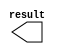
// megafunction wizard: %LPM_CONSTANT%VBB%
// GENERATION: STANDARD
// VERSION: WM1.0
// MODULE: lpm_constant 

// ============================================================
// Megafunction Name(s):
// 			lpm_constant
//
// Simulation Library Files(s):
// 			lpm
// ============================================================
// ************************************************************
// THIS IS A WIZARD-GENERATED FILE. DO NOT EDIT THIS FILE!
//
// 9.1 Build 222 10/21/2009 SJ Full Version
// ************************************************************

//Copyright (C) 1991-2009 Altera Corporation
//Your use of Altera Corporation's design tools, logic functions 
//and other software and tools, and its AMPP partner logic 
//functions, and any output files from any of the foregoing 
//(including device programming or simulation files), and any 
//associated documentation or information are expressly subject 
//to the terms and conditions of the Altera Program License 
//Subscription Agreement, Altera MegaCore Function License 
//Agreement, or other applicable license agreement, including, 
//without limitation, that your use is for the sole purpose of 
//programming logic devices manufactured by Altera and sold by 
//Altera or its authorized distributors.  Please refer to the 
//applicable agreement for further details.

module lpm_constant98 (
	result);

	output	[7:0]  result;

endmodule

// ============================================================
// CNX file retrieval info
// ============================================================
// Retrieval info: PRIVATE: INTENDED_DEVICE_FAMILY STRING "Cyclone III"
// Retrieval info: PRIVATE: JTAG_ENABLED NUMERIC "0"
// Retrieval info: PRIVATE: JTAG_ID STRING "NONE"
// Retrieval info: PRIVATE: Radix NUMERIC "10"
// Retrieval info: PRIVATE: SYNTH_WRAPPER_GEN_POSTFIX STRING "0"
// Retrieval info: PRIVATE: Value NUMERIC "98"
// Retrieval info: PRIVATE: nBit NUMERIC "8"
// Retrieval info: CONSTANT: LPM_CVALUE NUMERIC "98"
// Retrieval info: CONSTANT: LPM_HINT STRING "ENABLE_RUNTIME_MOD=NO"
// Retrieval info: CONSTANT: LPM_TYPE STRING "LPM_CONSTANT"
// Retrieval info: CONSTANT: LPM_WIDTH NUMERIC "8"
// Retrieval info: USED_PORT: result 0 0 8 0 OUTPUT NODEFVAL result[7..0]
// Retrieval info: CONNECT: result 0 0 8 0 @result 0 0 8 0
// Retrieval info: LIBRARY: lpm lpm.lpm_components.all
// Retrieval info: GEN_FILE: TYPE_NORMAL lpm_constant98.v TRUE
// Retrieval info: GEN_FILE: TYPE_NORMAL lpm_constant98.inc FALSE
// Retrieval info: GEN_FILE: TYPE_NORMAL lpm_constant98.cmp FALSE
// Retrieval info: GEN_FILE: TYPE_NORMAL lpm_constant98.bsf TRUE FALSE
// Retrieval info: GEN_FILE: TYPE_NORMAL lpm_constant98_inst.v FALSE
// Retrieval info: GEN_FILE: TYPE_NORMAL lpm_constant98_bb.v TRUE
// Retrieval info: LIB_FILE: lpm